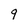
Character: 9